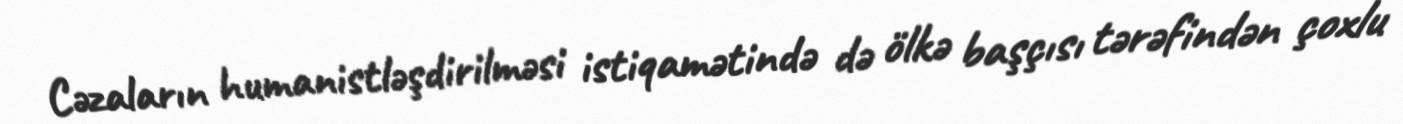
Cəzaların humanistləşdirilməsi istiqamətində də ölkə başçısı tərəfindən çoxlu